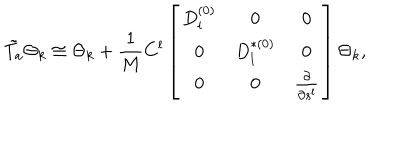
\tilde { T _ { a } } \Theta _ { k } \cong \Theta _ { k } + \frac { 1 } { M } C ^ { l } \left[ \begin{array} { c c c } { { D _ { l } ^ { ( 0 ) } } } & { { 0 } } & { { 0 } } \\ { { 0 } } & { { D _ { l } ^ { \ast ( 0 ) } } } & { { 0 } } \\ { { 0 } } & { { 0 } } & { { \frac { \partial } { \partial s ^ { l } } } } \\ \end{array} \right] \Theta _ { k } ,